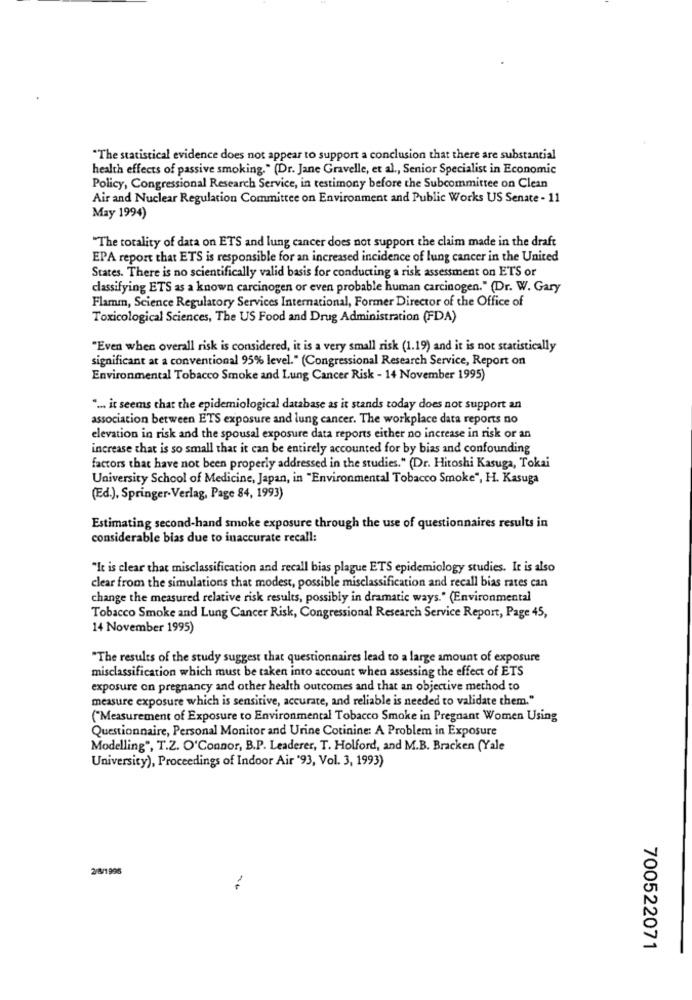
"The statistical evidence does not appear to support a conclusion that there are substantial
health effects of passive smoking." (Dr. Jane Gravelle, et al ., Senior Specialist in Economic
Policy, Congressional Research Service, in testimony before the Subcommittee on Clean
Air and Nuclear Regulation Committee on Environment and Public Works US Senate - 11
May 1994)
"The totality of data on ETS and lung cancer does not support the claim made in the draft
EPA report that ETS is responsible for an increased incidence of lung cancer in the United
States. There is no scientifically valid basis for conducting a risk assessment on ETS or
classifying ETS as a known carcinogen or even probable human carcinogen." (Dr. W. Gary
Flamm, Science Regulatory Services International, Former Director of the Office of
Toxicological Sciences, The US Food and Drug Administration (FDA)
"Even when overall risk is considered, it is a very small risk (1.19) and it is not statistically
significant at a conventional 95% level." (Congressional Research Service, Report on
Environmental Tobacco Smoke and Lung Cancer Risk - 14 November 1995)
" ... it seems that the epidemiological database as it stands today does not support an
association between ETS exposure and lung cancer. The workplace data reports no
elevation in risk and the spousal exposure data reports either no increase in risk or an
increase that is so small that it can be entirely accounted for by bias and confounding
factors that have not been properly addressed in the studies." (Dr. Hitoshi Kasuga, Tokai
University School of Medicine, Japan, in "Environmental Tobacco Smoke", H. Kasuga
(Ed.), Springer-Verlag, Page 84, 1993)
Estimating second-hand smoke exposure through the use of questionnaires results in
considerable bias due to inaccurate recall:
"It is clear that misclassification and recall bias plague ETS epidemiology studies. It is also
clear from the simulations that modest, possible misclassification and recall bias rates can
change the measured relative risk results, possibly in dramatic ways." (Environmental
Tobacco Smoke and Lung Cancer Risk, Congressional Research Service Report, Page 45,
14 November 1995)
"The results of the study suggest that questionnaires lead to a large amount of exposure
misclassification which must be taken into account when assessing the effect of ETS
exposure on pregnancy and other health outcomes and that an objective method to
measure exposure which is sensitive, accurate, and reliable is needed to validate them."
("Measurement of Exposure to Environmental Tobacco Smoke in Pregnant Women Using
Questionnaire, Personal Monitor and Urine Cotinine: A Problem in Exposure
Modelling", T.Z. O'Connor, B.P. Leaderer, T. Holford, and M.B. Bracken (Yale
University), Proceedings of Indoor Air '93, Vol. 3, 1993)
2/8/1996
700522071